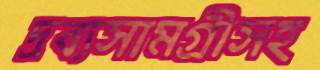
দ্রব্যসামগ্রীসহ